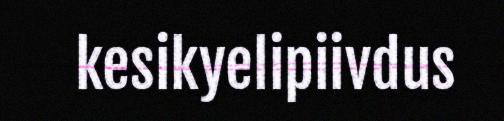
kesikyelipiivdus